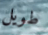
طويل